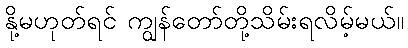
နို့မဟုတ်ရင် ကျွန်တော်တို့သိမ်းရလိမ့်မယ်။